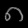
Digit: ၈